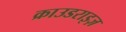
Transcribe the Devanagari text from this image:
क्राउडराइज़